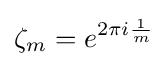
\zeta _{m}=e^{2\pi i{\frac {1}{m}}}